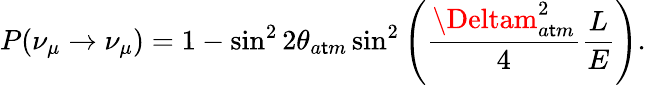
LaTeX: P(\nu_{\mu}\rightarrow\nu_{\mu})=1-\sin^{2}{2\theta_{a\mathsf{t}m}}\sin^{2}\left(\frac{{\Deltam_{a\mathsf{t}m}^{2}}}{{4}}\frac{{L}}{{E}}\right).